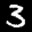
Label: 3